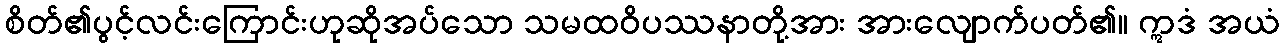
စိတ်၏ပွင့်လင်းကြောင်းဟုဆိုအပ်သော သမထဝိပဿနာတို့အား အားလျောက်ပတ်၏။ ဣဒံ အယံ